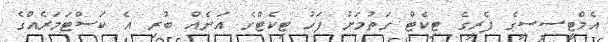
އެމްޓީސީސީގެ ފެރީގެ ޓިކެޓް ގަތުމަށް ފަހު ޓިކެޓްގެ އަނެެއް ބުރި އެ ކަސްޓަމަރެއްގެ